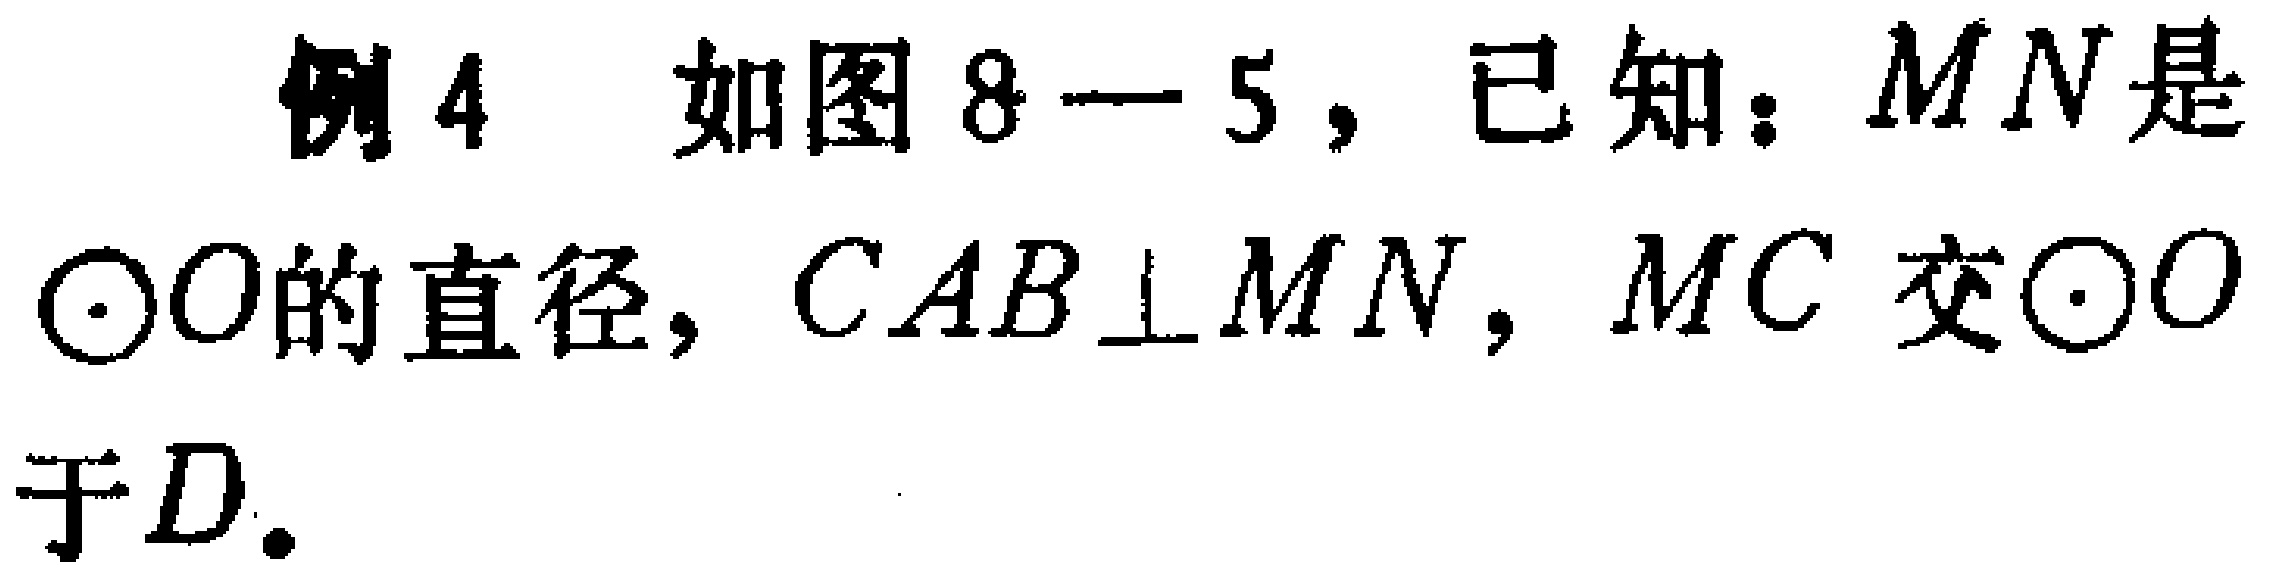
例4 如图8—5，已知：\(MN\)是\(\odot O\)的直径，\(CAB\perp MN\)，\(MC\)交\(\odot O\)于\(D\).